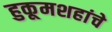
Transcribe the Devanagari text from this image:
हुकूमशहांचे